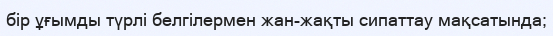
бір ұғымды түрлі белгілермен жан-жақты сипаттау мақсатында;